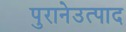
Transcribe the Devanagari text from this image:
पुरानेउत्पाद